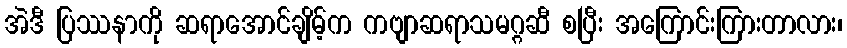
အဲဒီ ပြဿနာကို ဆရာအောင်ချိမ့်က ကဗျာဆရာသမဂ္ဂဆီ စပြီး အကြောင်းကြားတာလား၊